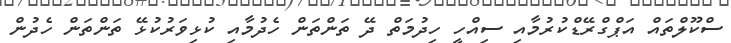
ސްކޫލްތައް އަޕްގްރޭޑްކުރުމާއި ސިއްހީ ހިދުމަތް ދޭ ތަންތަން ހެދުމާއި ކުޅިވަރުކުޅޭ ތަންތަން ހެދުން